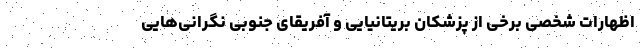
اظهارات شخصی برخی از پزشکان بریتانیایی و آفریقای جنوبی نگرانی‌هایی